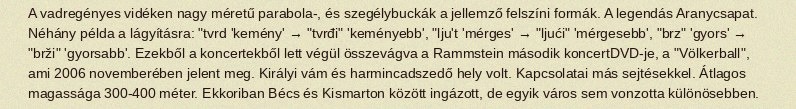
A vadregényes vidéken nagy méretű parabola-, és szegélybuckák a jellemző felszíni formák. A legendás Aranycsapat. Néhány példa a lágyításra: "tvrd 'kemény' → "tvrđi" 'keményebb', "lju't 'mérges' → "ljući" 'mérgesebb', "brz" 'gyors' → "brži" 'gyorsabb'. Ezekből a koncertekből lett végül összevágva a Rammstein második koncertDVD-je, a "Völkerball", ami 2006 novemberében jelent meg. Királyi vám és harmincadszedő hely volt. Kapcsolatai más sejtésekkel. Átlagos magassága 300-400 méter. Ekkoriban Bécs és Kismarton között ingázott, de egyik város sem vonzotta különösebben.